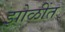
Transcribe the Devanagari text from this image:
झोळींत